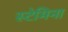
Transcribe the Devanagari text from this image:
स्टेमिना